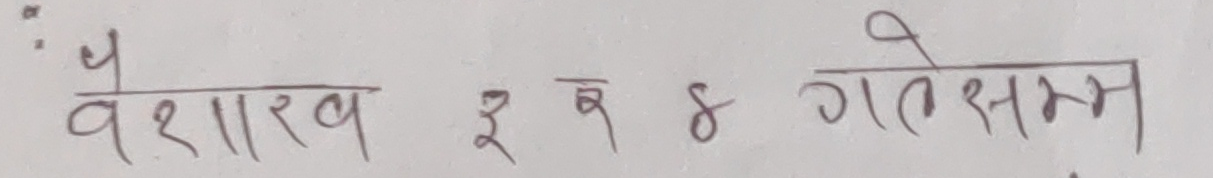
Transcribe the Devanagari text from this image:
वैशाख ३ व ४ गतेसम्म